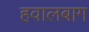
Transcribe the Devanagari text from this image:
हवालबाग